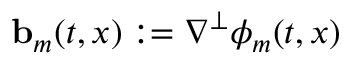
\ensuremath { \mathbf { b } } _ { m } ( t , x ) : = \nabla ^ { \perp } \phi _ { m } ( t , x )